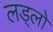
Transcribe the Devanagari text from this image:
लड्लो